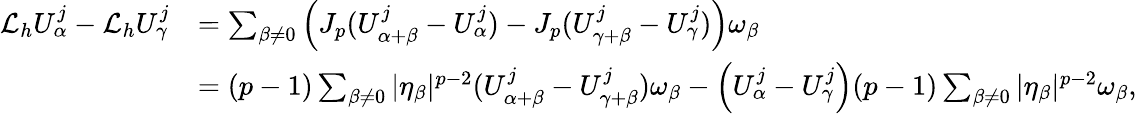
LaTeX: \begin{array}{rl}{\mathcal{L}_{h}U_{\alpha}^{j}-\mathcal{L}_{h}U_{\gamma}^{j}}&{=\sum_{\beta\not=0}\left(J_{p}(U_{\alpha+\beta}^{j}-U_{\alpha}^{j})-J_{p}(U_{\gamma+\beta}^{j}-U_{\gamma}^{j})\right)\omega_{\beta}}\\ &{=(p-1)\sum_{\beta\not=0}|\eta_{\beta}|^{p-2}(U_{\alpha+\beta}^{j}-U_{\gamma+\beta}^{j})\omega_{\beta}-\left(U_{\alpha}^{j}-U_{\gamma}^{j}\right)(p-1)\sum_{\beta\not=0}|\eta_{\beta}|^{p-2}\omega_{\beta},}\end{array}